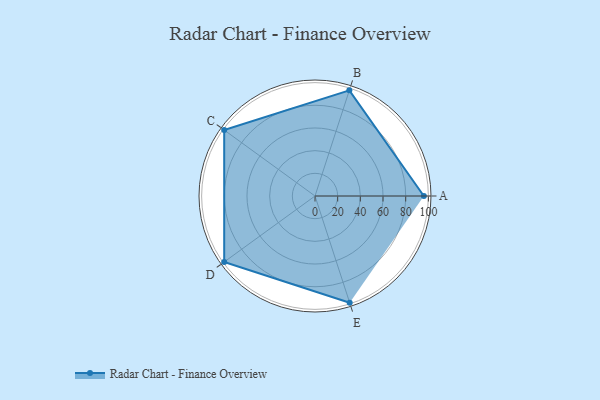
{"axis": {"x": "Skill", "y": "Score"}, "legend": ["Profile"], "data": [{"x": "A", "y": 96.0, "type": "Profile"}, {"x": "B", "y": 98.0, "type": "Profile"}, {"x": "C", "y": 99, "type": "Profile"}, {"x": "D", "y": 99, "type": "Profile"}, {"x": "E", "y": 99, "type": "Profile"}]}